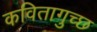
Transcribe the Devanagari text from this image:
कवितागुच्छ